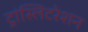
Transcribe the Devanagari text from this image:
ट्रांस्लिटरेशन